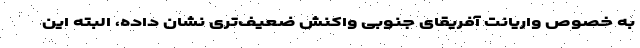
به خصوص واریانت آفریقای جنوبی واکنش ضعیف‌تری نشان داده، البته این